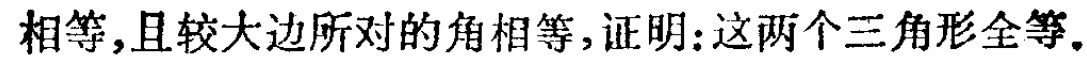
相等,且较大边所对的角相等,证明:这两个三角形全等.